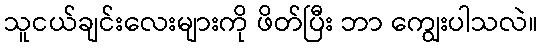
သူငယ်ချင်းလေးများကို ဖိတ်ပြီး ဘာ ကျွေးပါသလဲ။